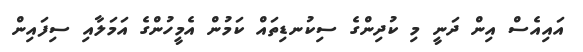
އައިއެސް އިން ދަނީ މި ކުދިންގެ ސިކުނޑިތައް ކަމުން އެމީހުންގެ އަމަލާއި ސިފައިން